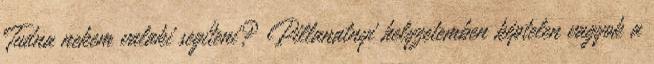
Tudna nekem valaki segíteni? Pillanatnyi helyzetemben képtelen vagyok a